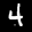
Label: 4